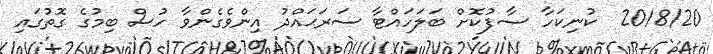
2018/20  ކުނިކަހާ ސާފުކޮށް ބަލަހައްޓާ ސަރަޙައްދު އިންވެގެންވާ ހުސް ބިމުގެ ގޮތުގައި